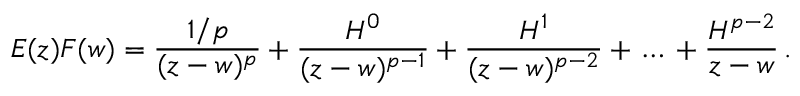
E ( z ) F ( w ) = \frac { 1 / p } { ( z - w ) ^ { p } } + \frac { H ^ { 0 } } { ( z - w ) ^ { p - 1 } } + \frac { H ^ { 1 } } { ( z - w ) ^ { p - 2 } } + \, \dots \, + \frac { H ^ { p - 2 } } { z - w } \, .